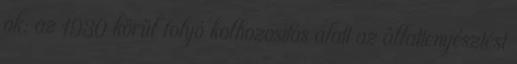
ok: az 1930 körül folyó kolhozosítás alatt az állattenyésztést